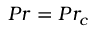
P r = P r _ { c }